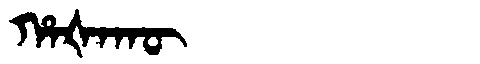
Manchu: ᡥᠠᡧᠠᡴᡡ
Romanization: HAŠAKŪ